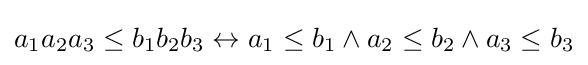
a_{1}a_{2}a_{3}\leq b_{1}b_{2}b_{3}\leftrightarrow a_{1}\leq b_{1}\wedge a_{2}\leq b_{2}\wedge a_{3}\leq b_{3}